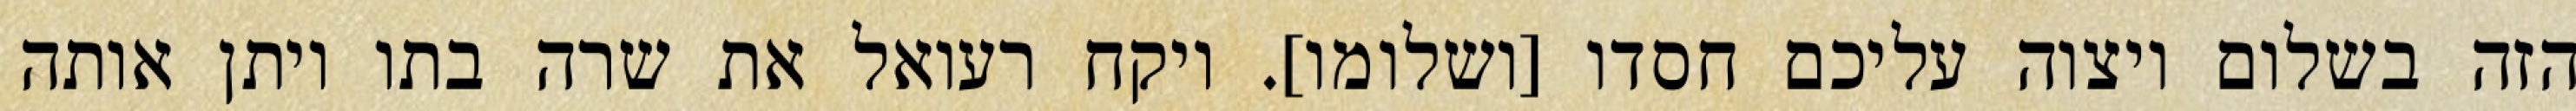
הזה בשלום ויצוה עליכם חסדו [ושלומו]. ויקח רעואל את שרה בתו ויתן אותה